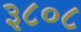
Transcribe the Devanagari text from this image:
३८०८